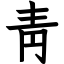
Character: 靑